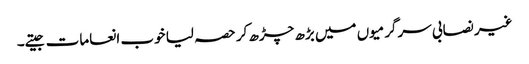
غیر نصابی سرگرمیوں میں بڑھ چڑھ کر حصہ لیا خوب انعامات جیتے۔